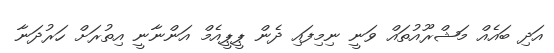
އަދި ބައެއް މަޝްރޫއުތައް ވަނީ ނިމިފައި ދެން ޕީޕީއެމް އަންނާނީ އިތުރަށް ހަރުދަނާ